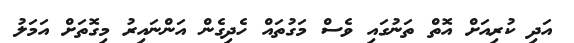
އަދި ކުރިއަށް އޮތް ތަނުގައި ވެސް މަގުތައް ހެދިގެން އަންނައިރު މިގޮތަށް އަމަލު